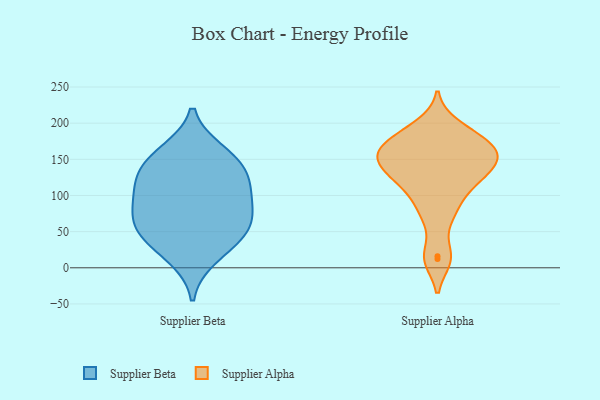
{"axis": {"x": "Conversion Rate (%)", "y": "Value"}, "legend": ["Supplier Alpha", "Supplier Beta"], "data": [{"x": "", "y": 45, "type": "Supplier Beta"}, {"x": "", "y": 151, "type": "Supplier Beta"}, {"x": "", "y": 55, "type": "Supplier Beta"}, {"x": "", "y": 115, "type": "Supplier Beta"}, {"x": "", "y": 79, "type": "Supplier Beta"}, {"x": "", "y": 44, "type": "Supplier Beta"}, {"x": "", "y": 120, "type": "Supplier Beta"}, {"x": "", "y": 139, "type": "Supplier Beta"}, {"x": "", "y": 160, "type": "Supplier Beta"}, {"x": "", "y": 98, "type": "Supplier Beta"}, {"x": "", "y": 75, "type": "Supplier Beta"}, {"x": "", "y": 15, "type": "Supplier Beta"}, {"x": "", "y": 140, "type": "Supplier Alpha"}, {"x": "", "y": 183, "type": "Supplier Alpha"}, {"x": "", "y": 154, "type": "Supplier Alpha"}, {"x": "", "y": 121, "type": "Supplier Alpha"}, {"x": "", "y": 197, "type": "Supplier Alpha"}, {"x": "", "y": 152, "type": "Supplier Alpha"}, {"x": "", "y": 119, "type": "Supplier Alpha"}, {"x": "", "y": 74, "type": "Supplier Alpha"}, {"x": "", "y": 180, "type": "Supplier Alpha"}, {"x": "", "y": 109, "type": "Supplier Alpha"}, {"x": "", "y": 16, "type": "Supplier Alpha"}, {"x": "", "y": 78, "type": "Supplier Alpha"}, {"x": "", "y": 162, "type": "Supplier Alpha"}, {"x": "", "y": 173, "type": "Supplier Alpha"}, {"x": "", "y": 12, "type": "Supplier Alpha"}, {"x": "", "y": 155, "type": "Supplier Alpha"}, {"x": "", "y": 154, "type": "Supplier Alpha"}, {"x": "", "y": 131, "type": "Supplier Alpha"}]}